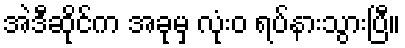
အဲဒီဆိုင်က အခုမှ လုံးဝ ရပ်နားသွားပြီ။